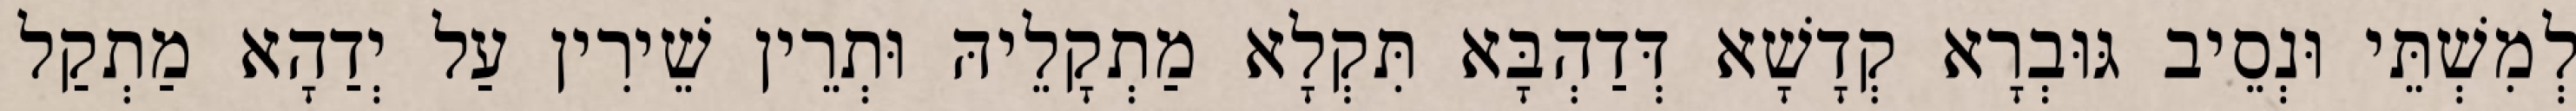
לְמִשְׁתֵּי וּנְסֵיב גּוּבְרָא קְדָשָׁא דְּדַהְבָּא תִּקְלָא מַתְקָלֵיהּ וּתְרֵין שֵׁירִין עַל יְדַהָא מַתְקַל